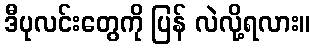
ဒီပုလင်းတွေကို ပြန် လဲလို့ရလား။